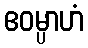
ဧဝမ္ပာဟံ